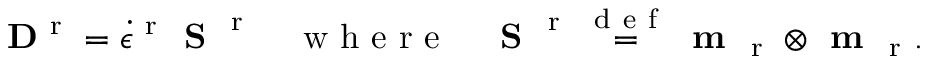
{ \bf D } ^ { \mathrm { ~ r ~ } } = \dot { \epsilon } ^ { \mathrm { ~ r ~ } } \textbf { S } ^ { \mathrm { ~ r ~ } } \quad \mathrm { ~ w ~ h ~ e ~ r ~ e ~ } \quad \textbf { S } ^ { \mathrm { ~ r ~ } } \overset { \mathrm { ~ d ~ e ~ f ~ } } { = } \textbf { m } _ { \mathrm { ~ r ~ } } \otimes \textbf { m } _ { \mathrm { ~ r ~ } } .